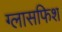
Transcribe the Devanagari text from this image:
ग्लासफिश